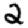
Digit: 2